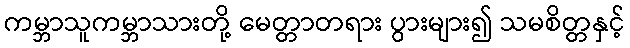
ကမ္ဘာသူကမ္ဘာသားတို့ မေတ္တာတရား ပွားများ၍ သမစိတ္တနှင့်